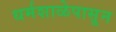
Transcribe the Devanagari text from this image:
धर्मशाळेपासून